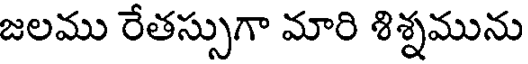
జలము రేతస్సుగా మారి శిశ్నమును